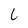
Character: C